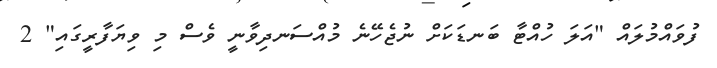
ފުވައްމުލައް "އަލަ ހުއްޓާ ބަނޑަކަަށް ނުޖެހޭނެ މުއްސަނދިވާނީ ވެސް މި ވިޔަފާރީގައި" 2